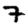
Digit: 7